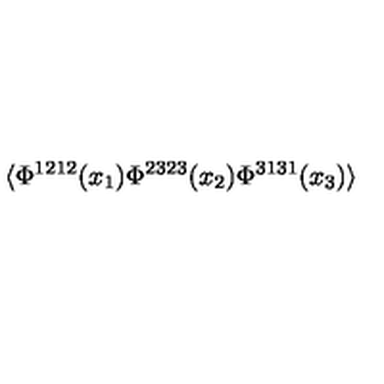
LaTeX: \langle \Phi ^ { 1 2 1 2 } ( x _ { 1 } ) \Phi ^ { 2 3 2 3 } ( x _ { 2 } ) \Phi ^ { 3 1 3 1 } ( x _ { 3 } ) \rangle